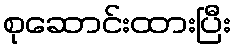
စုဆောင်းထားပြီး